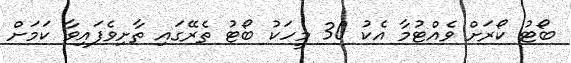
ބޯޓު ކޯރަށް ވެއްޓުމާ އެކު 30 މީހަކު ބޯޓު ތެރޭގައި ތާށިވެފައިވާ ކަމަށް